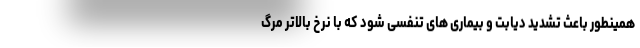
همینطور باعث تشدید دیابت و بیماری های تنفسی شود که با نرخ بالاتر مرگ